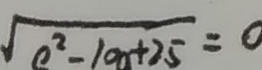
\sqrt { e ^ { 2 } - 1 0 a + 2 5 } = 0